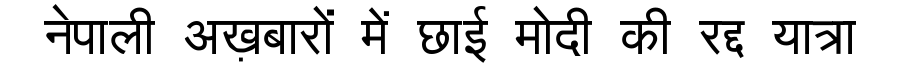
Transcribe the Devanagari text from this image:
नेपाली अख़बारों में छाई मोदी की रद्द यात्रा